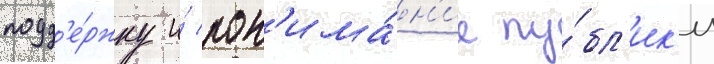
подд'е́ржку и́ пон'има́н'ие пу́бл'ик'и